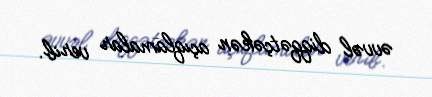
əvvəl diqqətçəkən açıqlamalar verib.